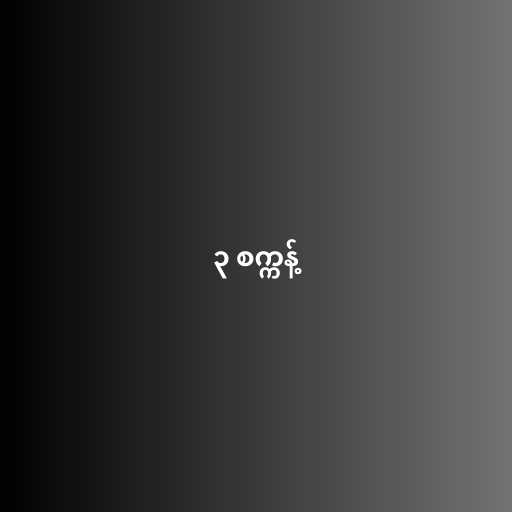
၃ စက္ကန့်